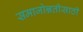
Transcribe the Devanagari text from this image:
समाजोन्नतीसाठी